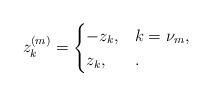
LaTeX: \begin{align*} z_{k}^{(m)} = \begin{cases} -z_{k}, & k = \nu_{m},\\ z_{k}, & . \end{cases}\end{align*}